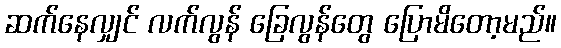
ဆက်နေလျှင် လက်လွန် ခြေလွန်တွေ ပြောမိတော့မည်။